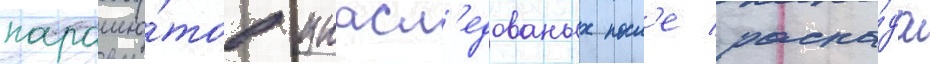
парашю́тов унасл'едованых посл'е распа́да